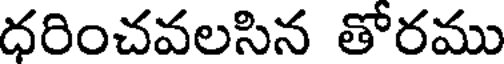
ధరించవలసిన తోరము